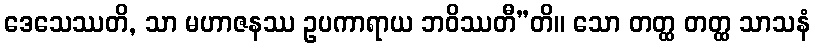
ဒေသေဿတိ, သာ မဟာဇနဿ ဥပကာရာယ ဘဝိဿတီ”တိ။ သော တတ္ထ တတ္ထ သာသနံ